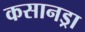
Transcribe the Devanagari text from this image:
कसानड्रा